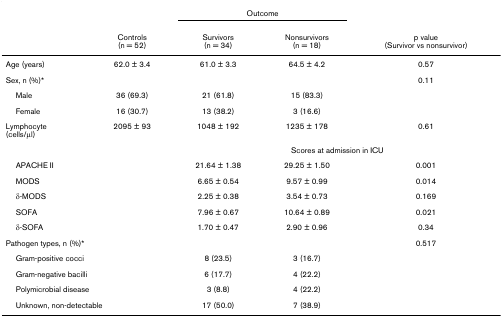
|  |  | <COLSPAN=2> Outcome |  |
 |  | Controls(n = 52) | Survivors(n = 34) | Nonsurvivors(n = 18) | p value(Survivor vs nonsurvivor) |
 | --- | --- | --- | --- | --- |
 | Age (years) | 62.0 ± 3.4 | 61.0 ± 3.3 | 64.5 ± 4.2 | 0.57 |
 | Sex, n (%)* |  |  |  | 0.11 |
 | Male | 36 (69.3) | 21 (61.8) | 15 (83.3) |  |
 | Female | 16 (30.7) | 13 (38.2) | 3 (16.6) |  |
 | Lymphocyte(cells/μl) | 2095 ± 93 | 1048 ± 192 | 1235 ± 178 | 0.61 |
 |  |  | <COLSPAN=3> Scores at admission in ICU |
 | <COLSPAN=2> APACHE II | 21.64 ± 1.38 | 29.25 ± 1.50 | 0.001 |
 | <COLSPAN=2> MODS | 6.65 ± 0.54 | 9.57 ± 0.99 | 0.014 |
 | <COLSPAN=2> δ-MODS | 2.25 ± 0.38 | 3.54 ± 0.73 | 0.169 |
 | <COLSPAN=2> SOFA | 7.96 ± 0.67 | 10.64 ± 0.89 | 0.021 |
 | <COLSPAN=2> δ-SOFA | 1.70 ± 0.47 | 2.90 ± 0.96 | 0.34 |
 | <COLSPAN=2> Pathogen types, n (%)* |  |  | 0.517 |
 | <COLSPAN=2> Gram-positive cocci | 8 (23.5) | 3 (16.7) |  |
 | <COLSPAN=2> Gram-negative bacilli | 6 (17.7) | 4 (22.2) |  |
 | <COLSPAN=2> Polymicrobial disease | 3 (8.8) | 4 (22.2) |  |
 | <COLSPAN=2> Unknown, non-detectable | 17 (50.0) | 7 (38.9) |  |